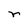
Character: r